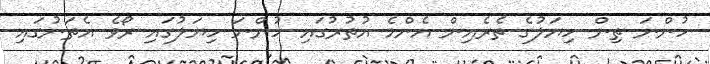
ހުންނަ ތިން ހިޔަލުގެ ތެރެއިން އެންމެ އުތުރުގައި ހުންނަ ހިޔަލުގައި ރޯވެ އެތަނުގައި